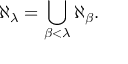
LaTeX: \aleph _ { \lambda } = \bigcup _ { \beta < \lambda } \aleph _ { \beta } .